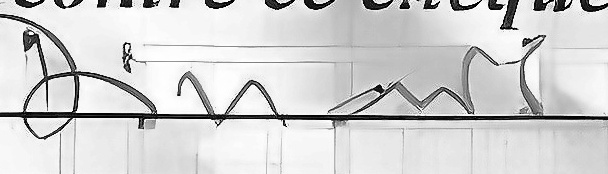
Dinars